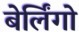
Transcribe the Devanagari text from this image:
बेर्लिंगो